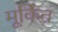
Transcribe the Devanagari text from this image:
मूर्किंत